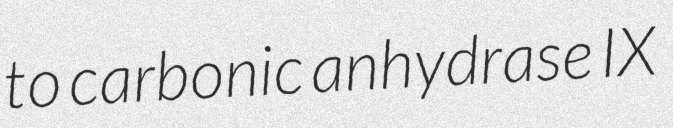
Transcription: to carbonic anhydrase IX